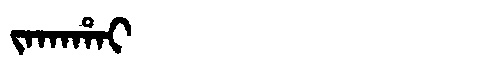
Manchu: ᠵᠠᡴᠠᡥᠠᡳ
Romanization: JAKAHAI